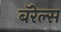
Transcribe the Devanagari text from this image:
बॅरेल्स